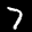
Label: 7